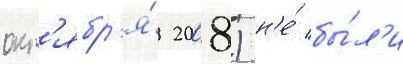
окт'ябр'я́ 2008) н'е́ бы́л'и